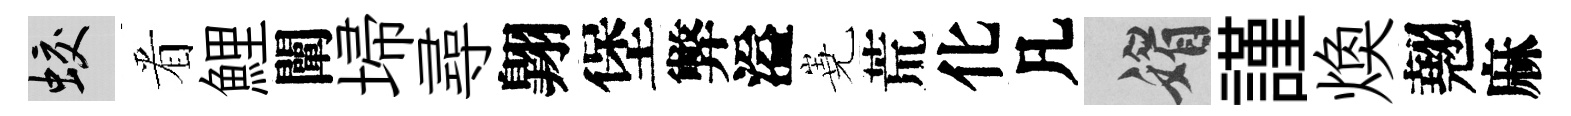
蛟㸔鯉闡埽尋翺堡弊溢嶤荒化凡媚謹焕翹麻